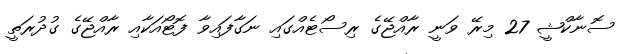
ސޮނާކްޝީ 27 މިރޭ ވަނީ ރާއްޖޭގެ ރިސޯޓެއްގައި ނަގާފައިވާ ފޮޓޯއަކާއި ރާއްޖޭގެ ގުދުރަތީ